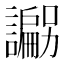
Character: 𲁽